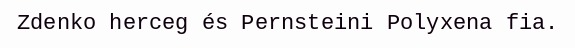
Zdenko herceg és Pernsteini Polyxena fia.